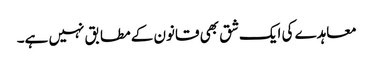
معاہدے کی ایک شق بھی قانون کے مطابق نہیں ہے۔